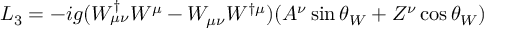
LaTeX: { \cal { L } } _ { 3 } = - i g ( W _ { \mu \nu } ^ { \dagger } W ^ { \mu } - W _ { \mu \nu } W ^ { \dagger \mu } ) ( A ^ { \nu } \sin \theta _ { W } + Z ^ { \nu } \cos \theta _ { W } )